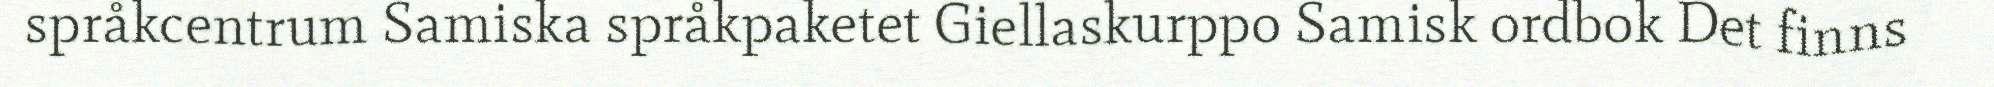
språkcentrum Samiska språkpaketet Giellaskurppo Samisk ordbok Det finns